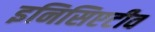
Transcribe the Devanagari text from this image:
इनिसिएटीव